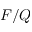
F / Q